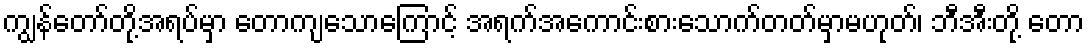
ကျွန်တော်တို့အရပ်မှာ တောကျသောကြောင့် အရက်အကောင်းစားသောက်တတ်မှာမဟုတ်၊ ဘီအီးတို့ တော